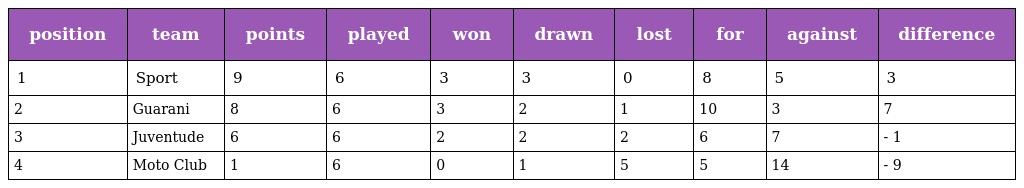
| position | team | points | played | won | drawn | lost | for | against | difference |
 | --- | --- | --- | --- | --- | --- | --- | --- | --- | --- |
 | 1 | Sport | 9 | 6 | 3 | 3 | 0 | 8 | 5 | 3 |
 | 2 | Guarani | 8 | 6 | 3 | 2 | 1 | 10 | 3 | 7 |
 | 3 | Juventude | 6 | 6 | 2 | 2 | 2 | 6 | 7 | - 1 |
 | 4 | Moto Club | 1 | 6 | 0 | 1 | 5 | 5 | 14 | - 9 |